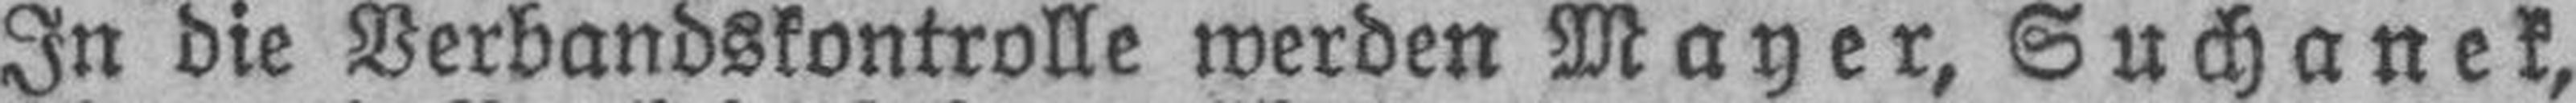
In die Verbandskontrolle werden Mayer, Suchanek,